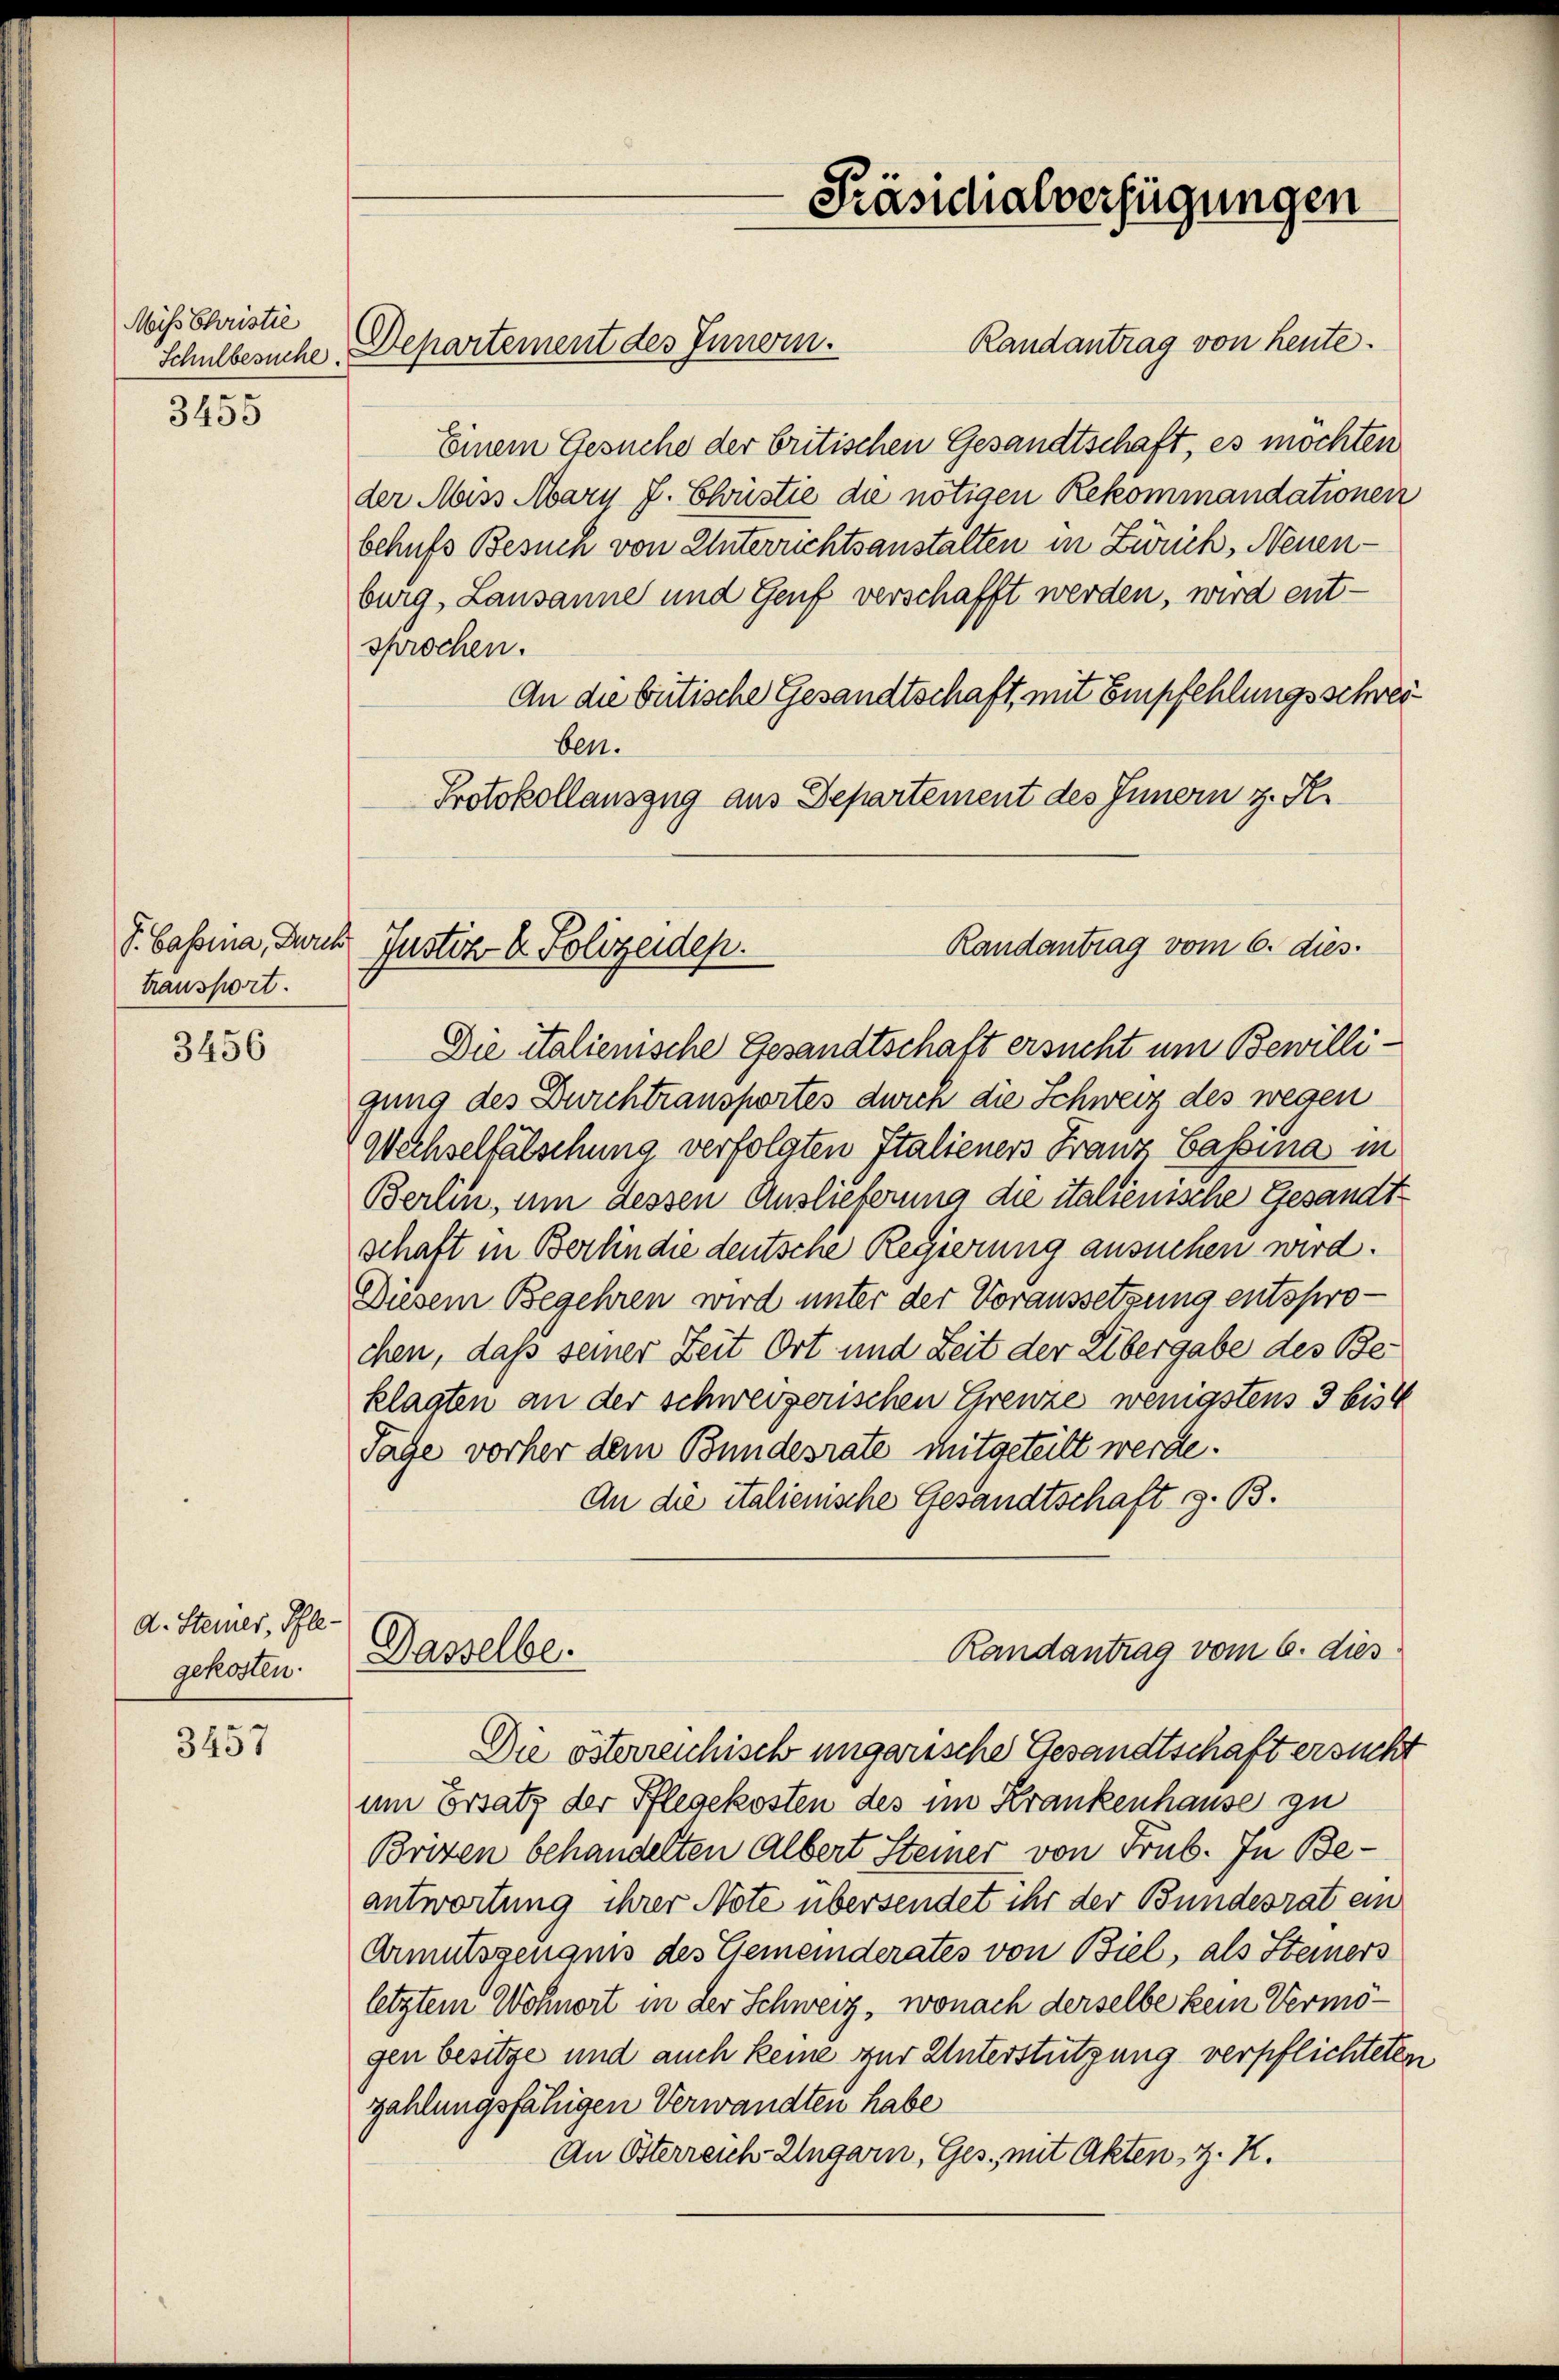
Miß Christie
Schulbesuche.

3455

S. Cassina, Durch
transport.

3456

d. Steiner, Pflegekosten.

3457

Randantrag von heute.
Departement des Innern.
Einem Gesuche der britischen Gesandtschaft, es möchten
der Mass Mary J. Christie die nötigen Rekommandationen
behufs Besuch von Unterrichtsanstalten in Zürich, Neuenburg, Lausanne und Genf verschafft werden, wird ent-
sprochen.
An die betische Gesandtschaft, mit Empfehlungsschreiben.
Protokollauszug aus Departement des Innern z. R.
Die italienische Gesandtschaft ersucht um Bewilligung des Durchtransportes dich die Schweiz des wegen
Wechselfälschung verfolgten Italieners Franz Cassina in
Berlin, um dessen Auslieferung die italienische Gesandtschaft in Berlin die deutsche Regierung ansuchen wird.
Diesem Begehren wird unter der Voraussetzung entsprochen, daß seiner Zeit Ort und Zeit der Übergabe des Beklagten an der schweizerischen Grenze wenigstens 3 bist
Tage vorher dem Bundesrate mitgeteilt werde.
An die italienische Gesandtschaft z. B.
Randantrag vom 6. dies
Dasselbe.
Die österreichisch ungarische Gesandtschaft ersucht
l
um Ersatz der Pflegekosten des im Krankenhause zu
Briten behandelten Albert Steiner von Frub. In Beantwortung ihrer Note übersendet ihr der Bundesrat ein
Armutsgenaus des Gemeinderates von Biel, als Steiners
letztem Wohnort in der Schweiz, wonach derselbe kein Vermögen besitze und auch keine zur Unterstützung verpflichteten.
zahlungsfähigen Verwandten habe
An Österreich-Ungarn, Ges., mit Akten, z. K.

Justiz- & Polizeiden.

Präsidialverfügungen

Randantrag vom 6. dies.